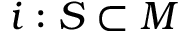
i : S \subset M